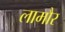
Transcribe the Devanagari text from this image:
लामौर